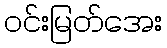
ဝင်းမြတ်အေး